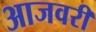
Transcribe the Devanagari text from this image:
आजवरी